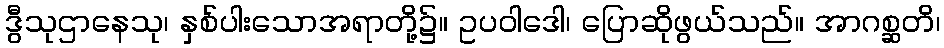
ဒွီသုဌာနေသု၊ နှစ်ပါးသောအရာတို့၌။ ဥပဝါဒေါ၊ ပြောဆိုဖွယ်သည်။ အာဂစ္ဆတိ၊